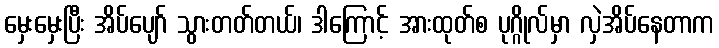
မှေးမှေးပြီး အိပ်ပျော် သွားတတ်တယ်၊ ဒါကြောင့် အားထုတ်စ ပုဂ္ဂိုလ်မှာ လှဲအိပ်နေတာက